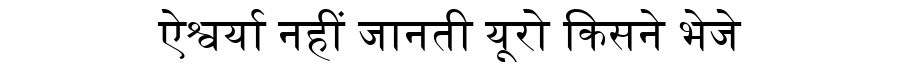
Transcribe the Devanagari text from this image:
ऐश्वर्या नहीं जानती यूरो किसने भेजे